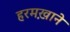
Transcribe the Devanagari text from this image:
हरमख़ाने